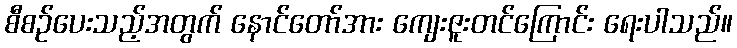
စီစဉ်ပေးသည့်အတွက် နောင်တော်အား ကျေးဇူးတင်ကြောင်း ရေးပါသည်။